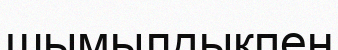
шымылдықпен